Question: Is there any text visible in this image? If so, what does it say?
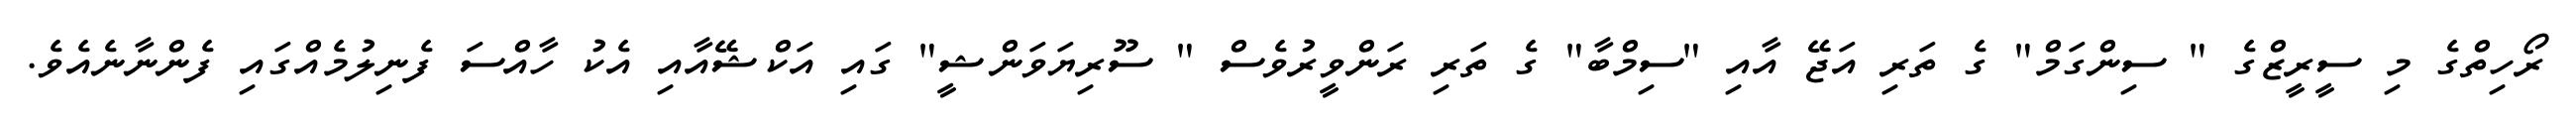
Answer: ރޯހިތްގެ މި ސީރީޒްގެ " ސިންގަމް" ގެ ތަރި އަޖޭ އާއި "ސިމްބާ" ގެ ތަރި ރަންވީރުވެސް " ސޫރިޔަވަންޝީ" ގައި އަކްޝޭއާއި އެކު ހާއްސަ ފެނިލުމެއްގައި ފެންނާނެއެވެ.